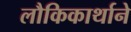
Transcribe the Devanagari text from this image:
लौकिकार्थाने